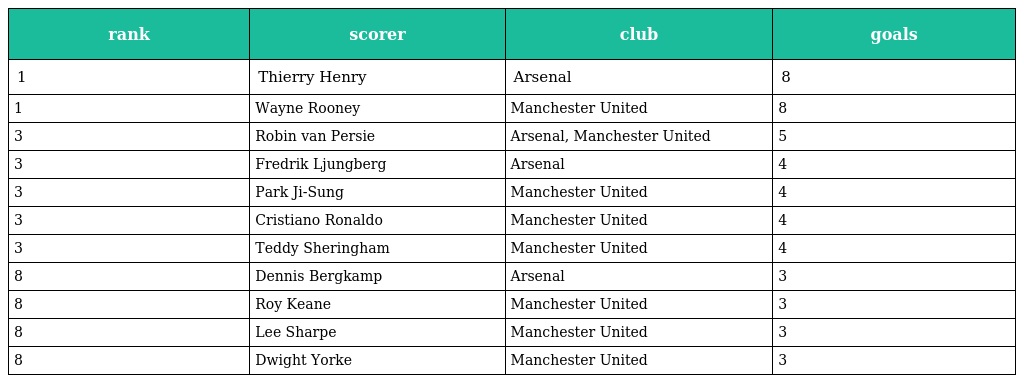
| rank | scorer | club | goals |
 | --- | --- | --- | --- |
 | 1 | Thierry Henry | Arsenal | 8 |
 | 1 | Wayne Rooney | Manchester United | 8 |
 | 3 | Robin van Persie | Arsenal, Manchester United | 5 |
 | 3 | Fredrik Ljungberg | Arsenal | 4 |
 | 3 | Park Ji-Sung | Manchester United | 4 |
 | 3 | Cristiano Ronaldo | Manchester United | 4 |
 | 3 | Teddy Sheringham | Manchester United | 4 |
 | 8 | Dennis Bergkamp | Arsenal | 3 |
 | 8 | Roy Keane | Manchester United | 3 |
 | 8 | Lee Sharpe | Manchester United | 3 |
 | 8 | Dwight Yorke | Manchester United | 3 |